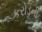
કરોડની